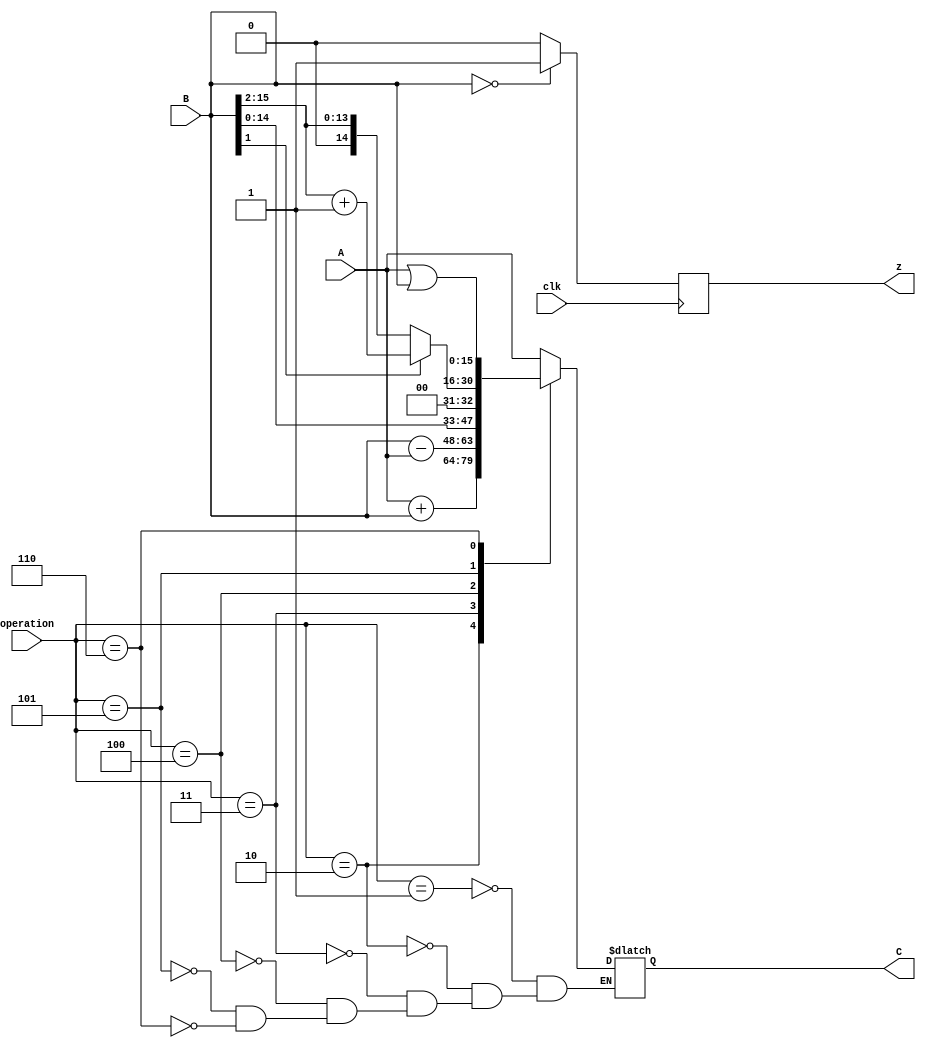
module ALU(
	input wire clk,
	input wire [15:0] A,
	input wire [15:0] B,
	input wire [2:0] operation,
	output reg z,
	output wire [15:0] C
	);
	
	localparam pass   = 3'd1,
			     add    = 3'd2,
				  sub    = 3'd3,
				  lshift = 3'd4,
				  rshift = 3'd5,
				  orOp 	= 3'd6;
	
	reg d;
	reg counter;
	reg [15:0] data;
	assign C=data;
	
//	initial begin
//		counter =0;
//	end
	
	always @(posedge clk) begin
		z = (B==0)? 1'b1:1'b0;
	end
		
	always @(A or B or operation) begin
		case(operation)
			pass: data = A; 
			add: data = A+B;
			sub: begin
				data = B-A;
//				d=~|data;
//				if (~|data) begin
//					if (~counter) z=~|data;
//					counter = counter+1;
//				end
				
				end
			lshift: data = B<<1;
			rshift: data = (B[1]==1)? ((B>>2)+1):B>>2;
			orOp : data = A|B;
			default: data=data;
		endcase
	end
endmodule